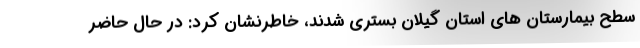
سطح بیمارستان های استان گیلان بستری شدند، خاطرنشان کرد: در حال حاضر